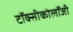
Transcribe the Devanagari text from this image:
टॉक्सीकोलॉजी